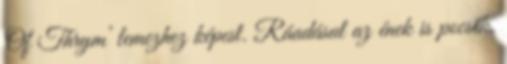
Of Thrym’ lemezhez képest. Ráadásul az ének is pocsék.